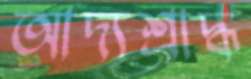
আদ্যশ্রাদ্ধ